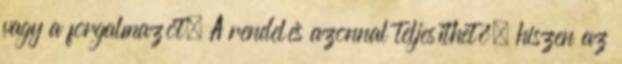
vagy a forgalmazót. A rendelés azonnal teljesíthető, hiszen az